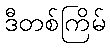
ဒီတစ်ကြိမ်